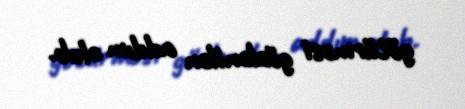
götürməsi gözlənilən addım olub.